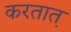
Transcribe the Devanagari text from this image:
करतात़